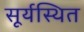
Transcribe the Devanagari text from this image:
सूर्यस्थित